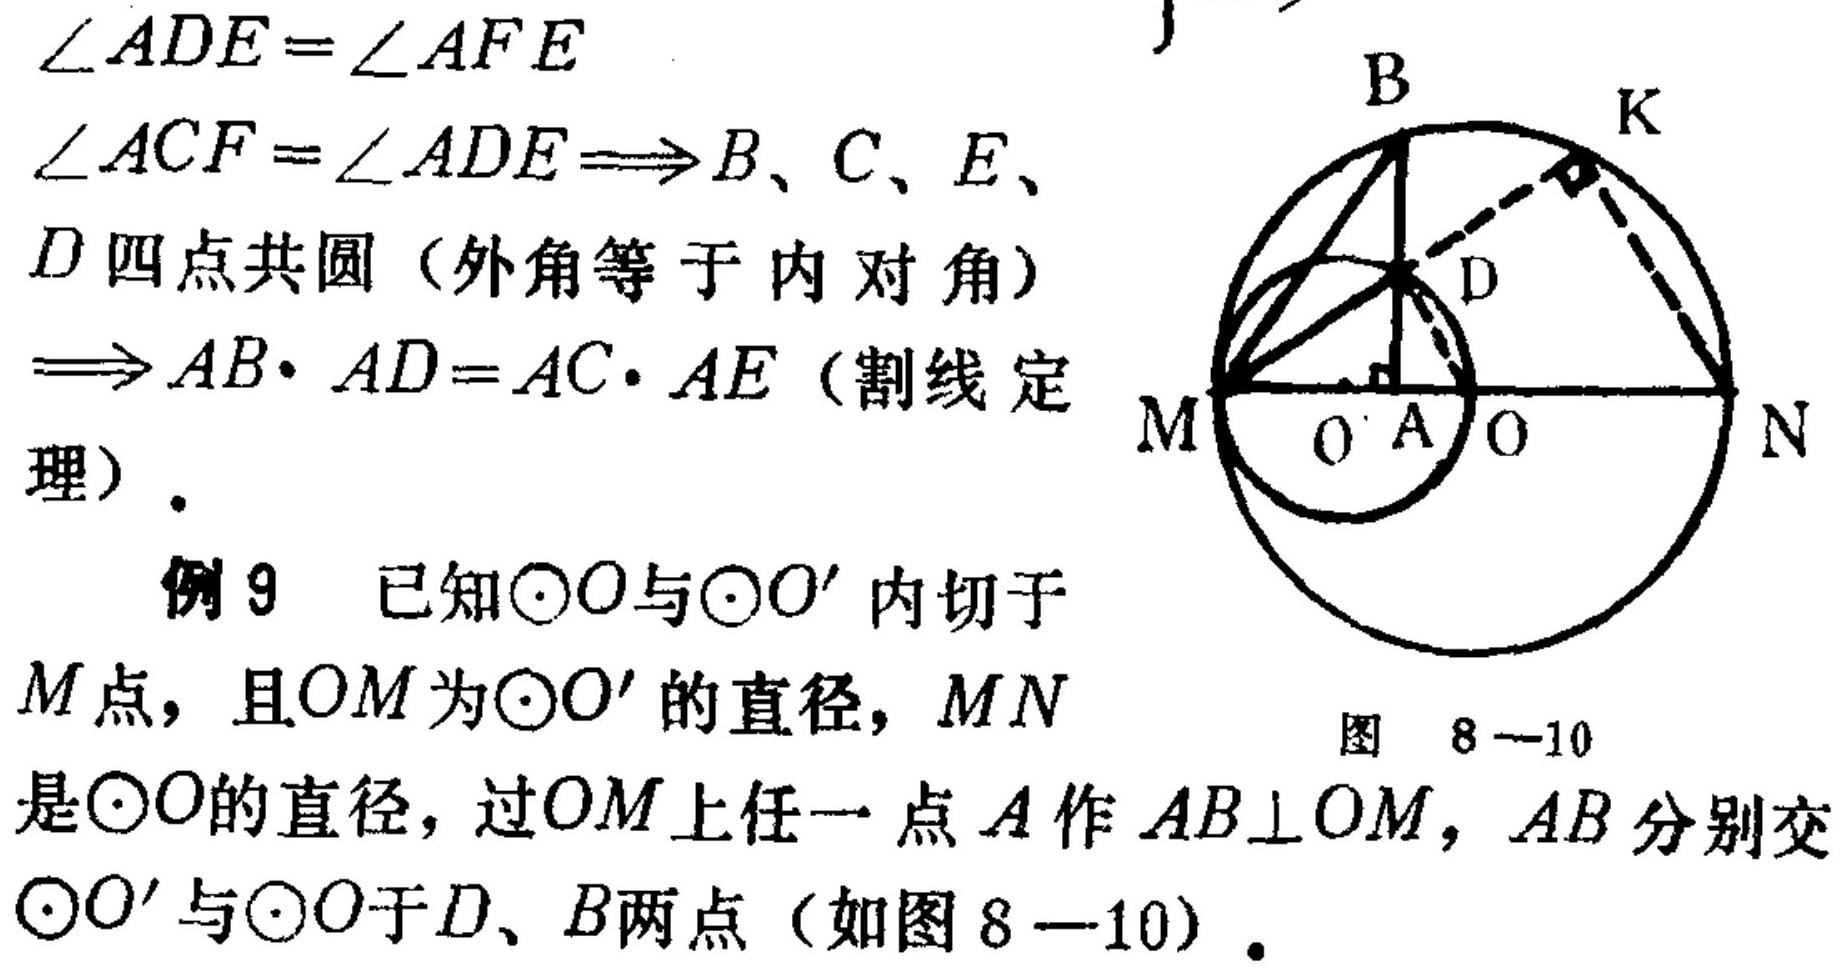
$\angle ADE=\angle AFE$
$\angle ACF=\angle ADE\Longrightarrow B、C、E、$
$D$四点共圆（外角等于内对角）
$\Longrightarrow AB\cdot AD = AC\cdot AE$（割线定理）。
例9 已知$\odot O$与$\odot O'$内切于
$M$点，且$OM$为$\odot O'$的直径，$MN$
是$\odot O$的直径，过$OM$上任一点$A$作$AB\perp OM$，$AB$分别交
$\odot O'$与$\odot O$于$D、B$两点（如图$8 - 10$）。<img src="https://pic2.zhimg.com/v2-8e8c8d8c8d8c8d8c8d8c8d8c8d8c8d8c_b.jpg" width="300"> 图 \(8 - 10\)